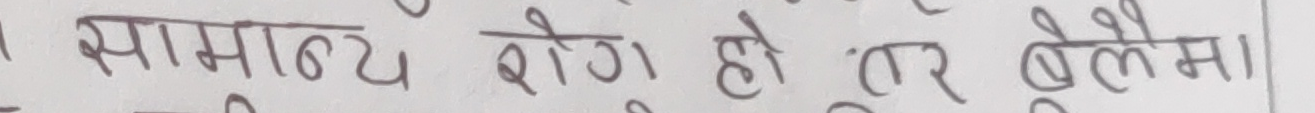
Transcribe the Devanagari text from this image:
सामान्य रोग हो तर बेलेमा।